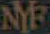
NYF